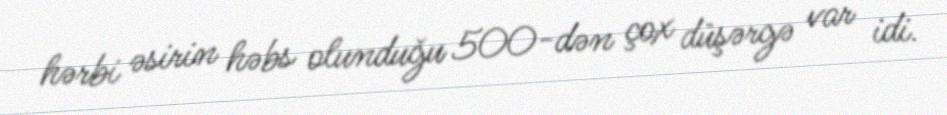
hərbi əsirin həbs olunduğu 500-dən çox düşərgə var idi.